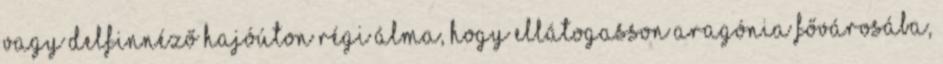
vagy delfinnéző hajóúton Régi álma, hogy ellátogasson Aragónia fővárosába,